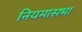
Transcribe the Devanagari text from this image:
नियमासभा